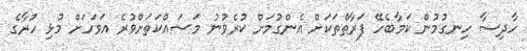
ހާދިސާ ހިނގުމުން ކަމާބެހޭ ފަރާތްތަކަށް އެންގުމަށް ކުރެވުނު މަސައްކަތަށްވުރެ އަވަހަށް މުޅި ހުރާގެ